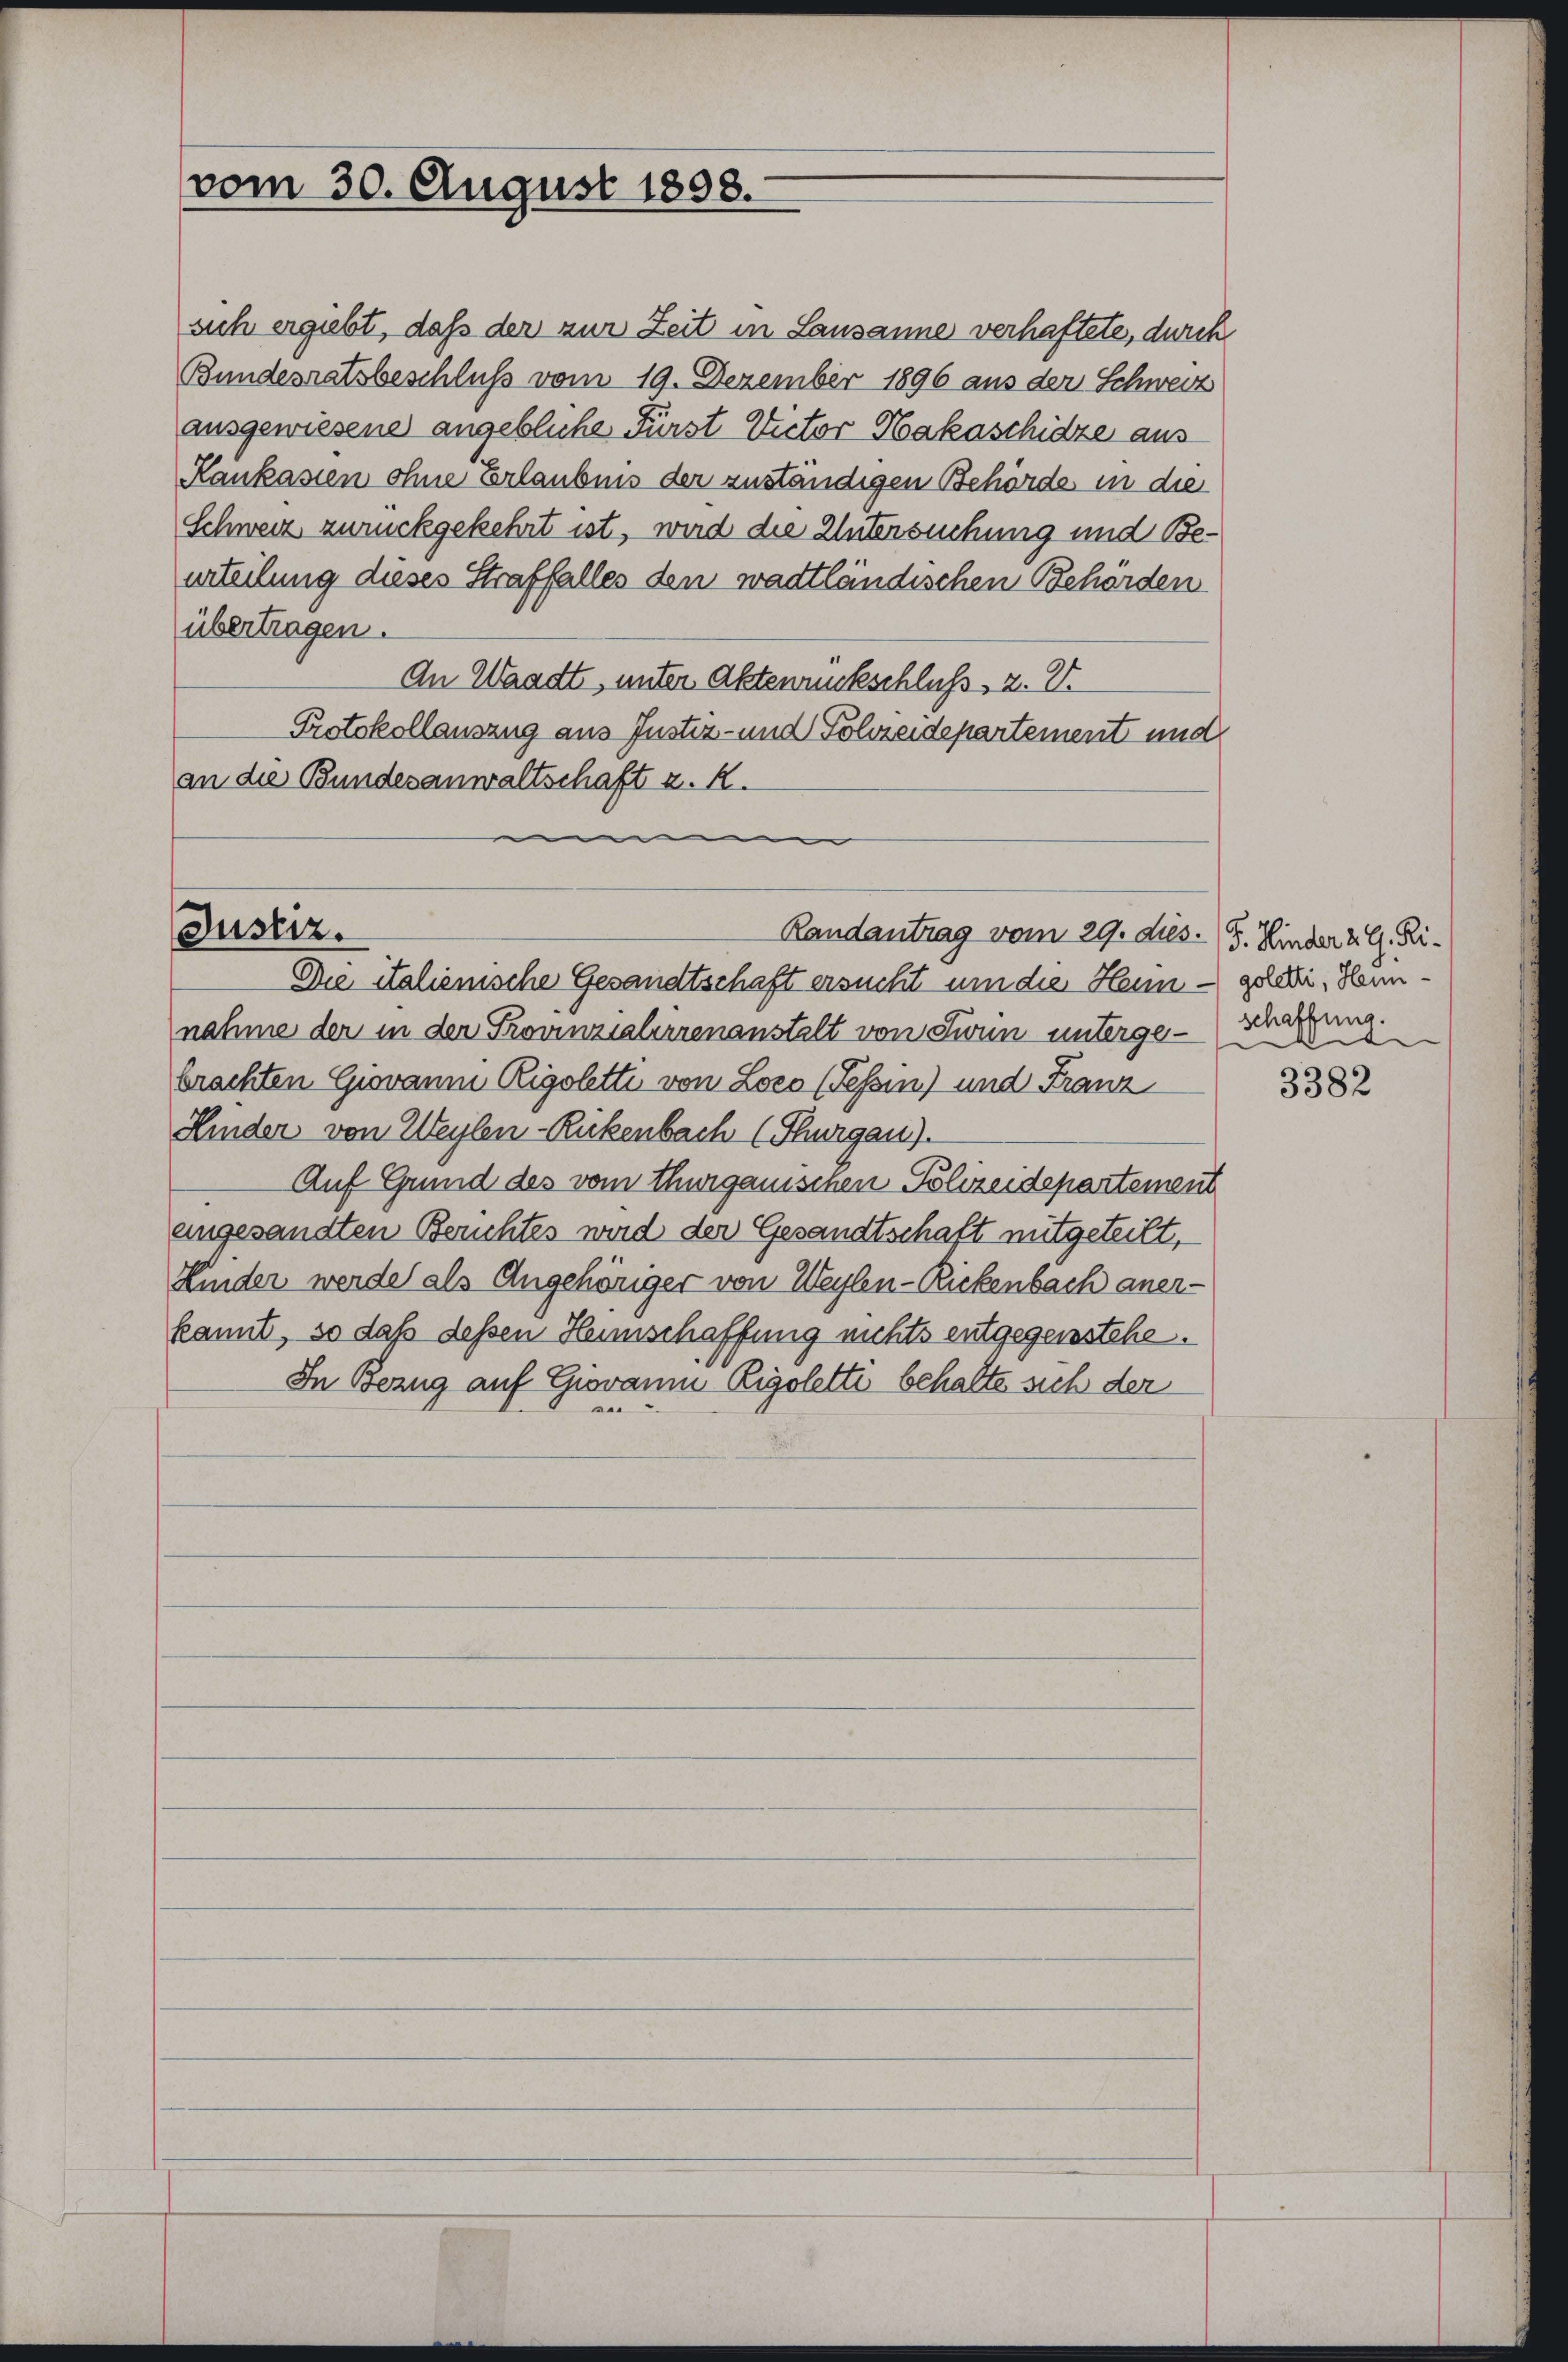
vom 30. August 1898.

ach ergiebt, daß der zur Zeit in Lausanne verhaftete, durch
Bundesratsbeschluß vom 19. Dezember 1896 aus der Schweiz
ausgewiesene angebliche Fürst Victor Hakaschidze aus
Kaukasien ohne Erlaubnis der zuständigen Behörde in die
Schweiz zurückgekehrt ist, wird die Untersuchung und Beurteilung dieses Straffalles dem wadtländischen Behörden
übertragen.
An Waadt, unter Aktenrückschluß, 2. V.
Protokollauszug aus Justiz- und Polizeidepartement und
an die Bundesanwaltschaft z. R.
e

Justiz.
Randantrag vom 29. dies. (5. Hinder 2. G. Ri¬

Die italienische Gesandtschaft ersucht um die Heun - goldi, Hannnahme der in der Provinzialerrenanstalt von Sinn untergerregung.
brachten Giovanm Rigolette von Loco (Tessin) und Franz
Kinder von Weylen-Rickenbach (Thurgau).
Auf Grund des vom Thurgauischen Polizeidepartement
angesandten Berichtes wird der Gesandtschaft mitgeteilt,
Kinder werde als Angehöriger von Weylen-Rickenbach aner-
kannt, so daß dessen Heimschaffung nichts entgegenstehe.
In Bezug auf Giovanm Rigolette behalte sich der
e

e

3382